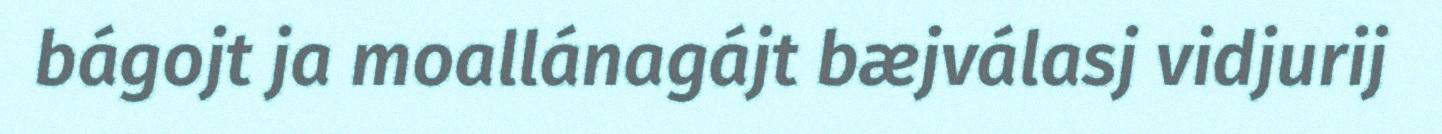
bágojt ja moallánagájt bæjválasj vidjurij